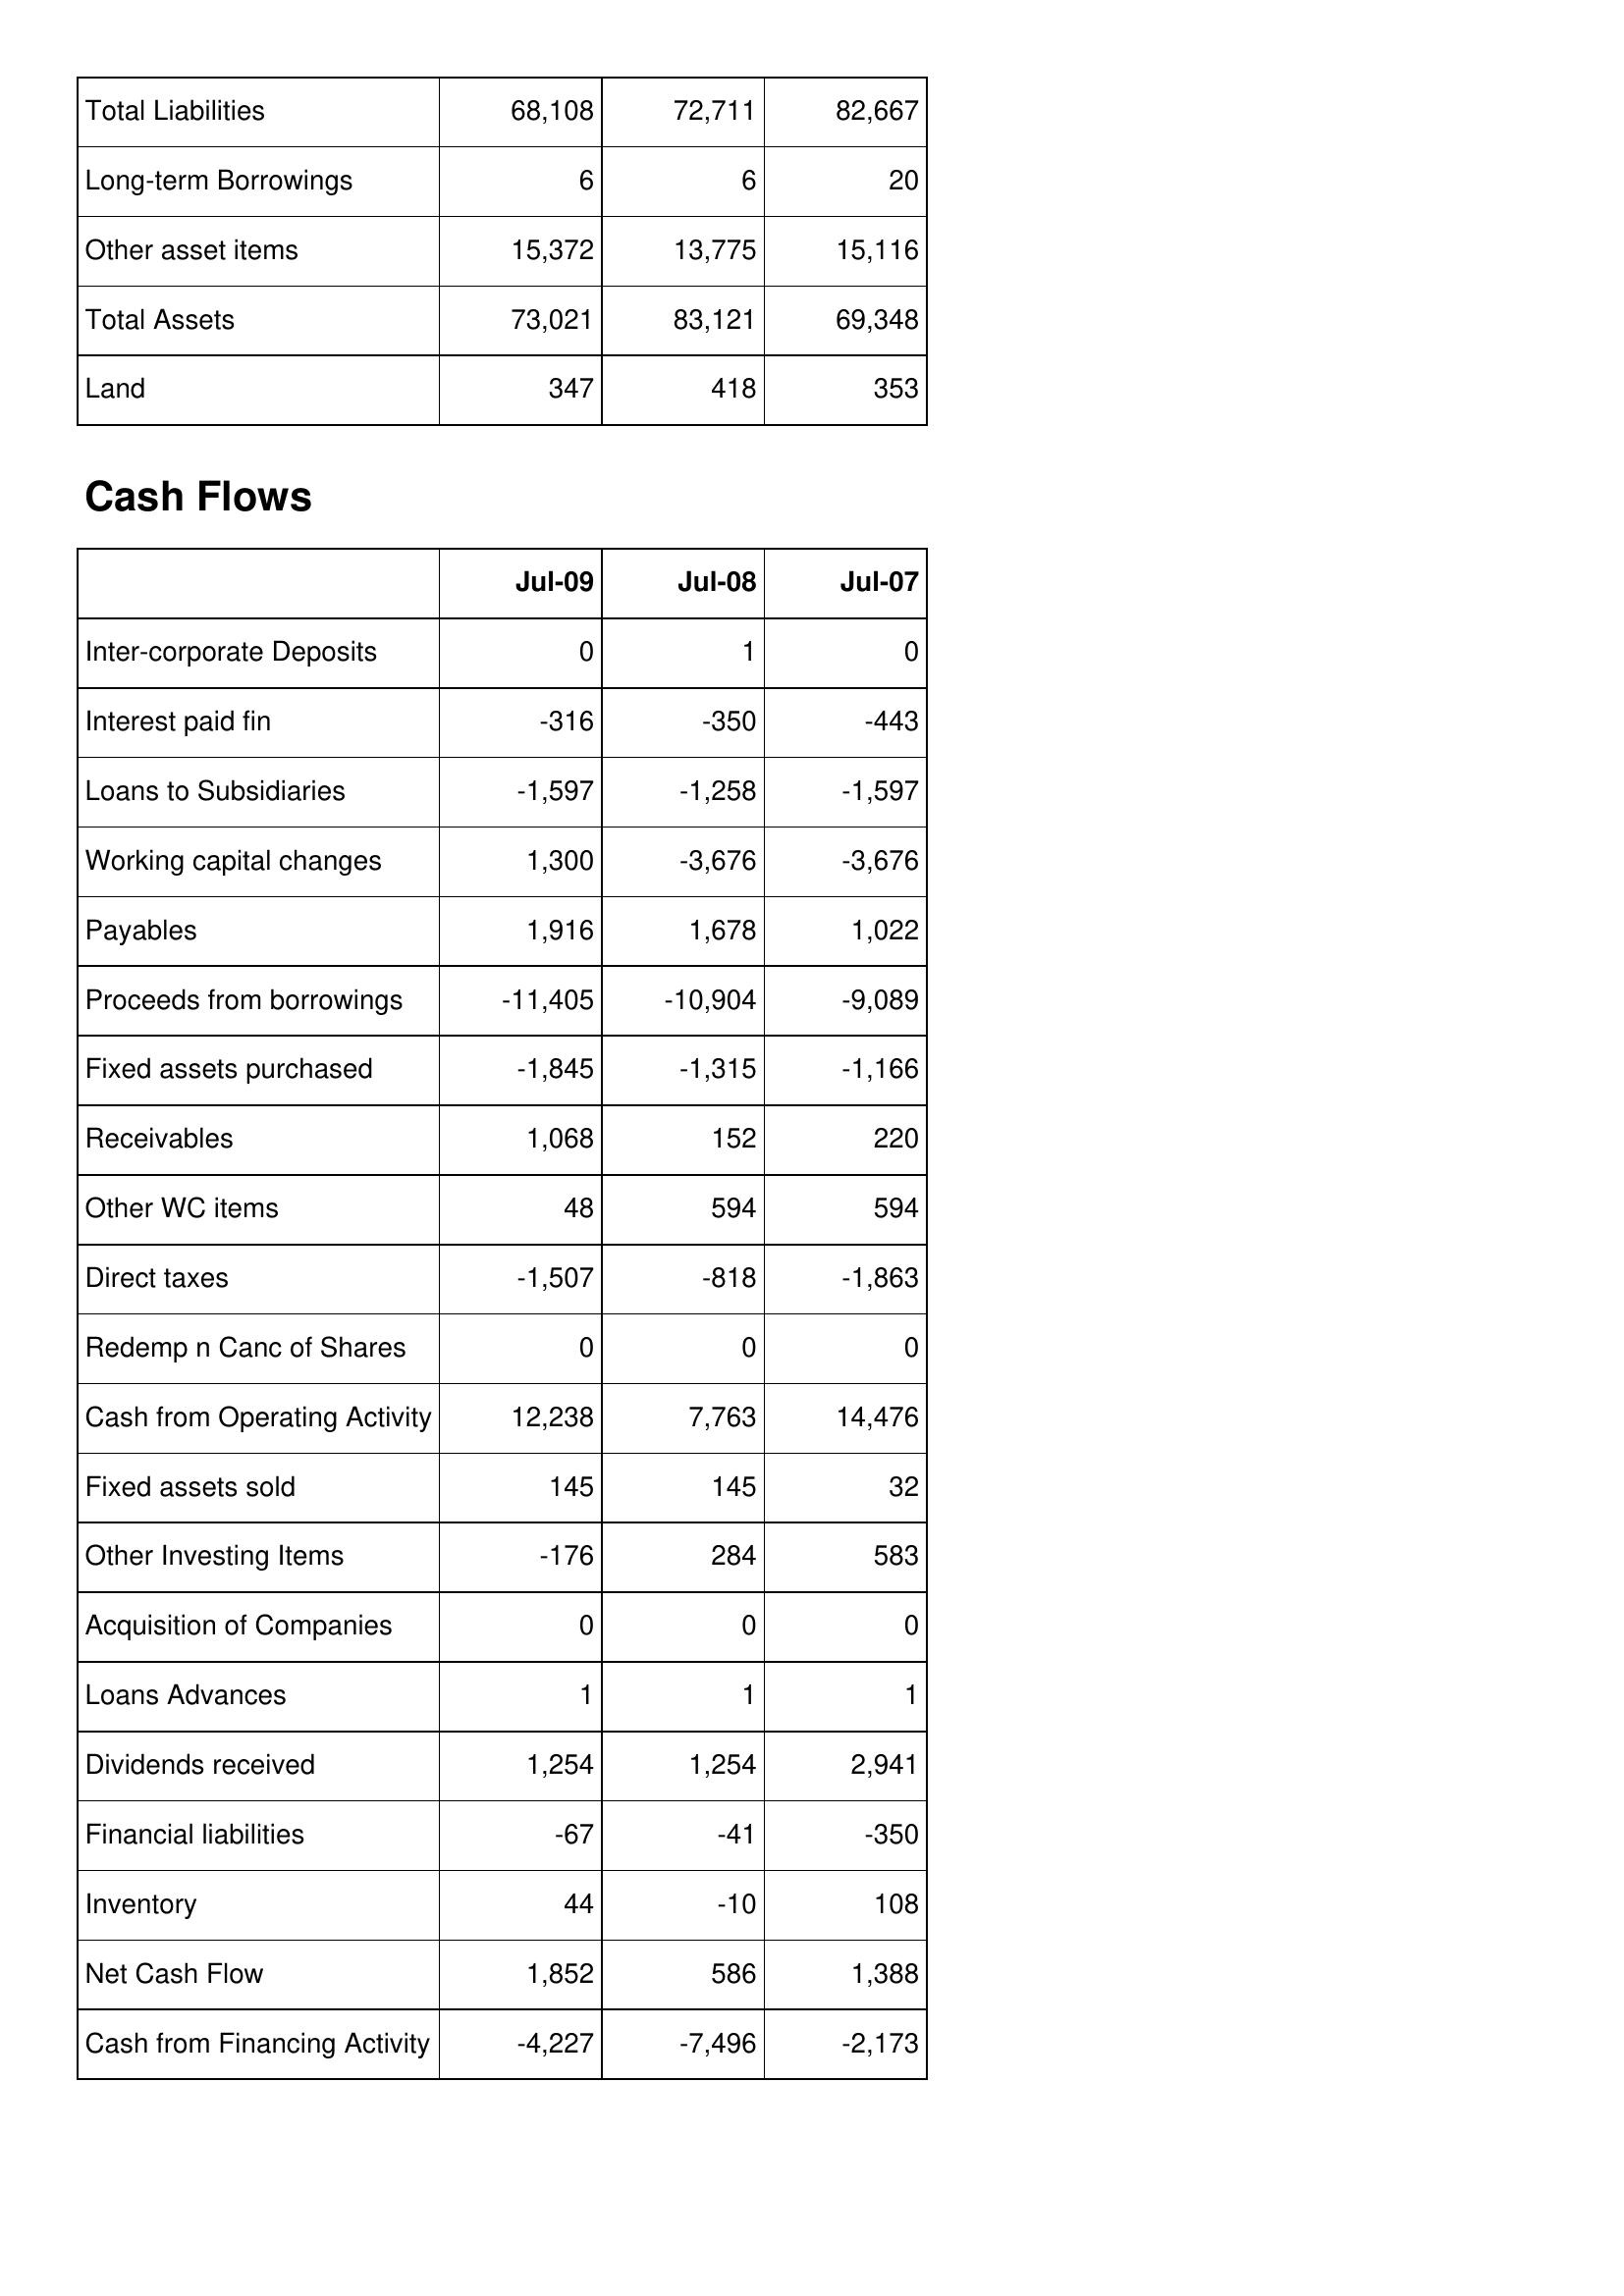
Jul-09: Balance Sheet: Total Liabilities: 68,108
Long-term Borrowings: 6
Other asset items: 15,372
Total Assets: 73,021
Land: 347
Cash Flows: Inter-corporate Deposits: 0
Interest paid fin: -316
Loans to Subsidiaries: -1,597
Working capital changes: 1,300
Payables: 1,916
Proceeds from borrowings: -11,405
Fixed assets purchased: -1,845
Receivables: 1,068
Other WC items: 48
Direct taxes: -1,507
Redemp n Canc of Shares: 0
Cash from Operating Activity: 12,238
Fixed assets sold: 145
Other Investing Items: -176
Acquisition of Companies: 0
Loans Advances: 1
Dividends received: 1,254
Financial liabilities: -67
Inventory: 44
Net Cash Flow: 1,852
Cash from Financing Activity: -4,227
Jul-08: Balance Sheet: Total Liabilities: 72,711
Long-term Borrowings: 6
Other asset items: 13,775
Total Assets: 83,121
Land: 418
Cash Flows: Inter-corporate Deposits: 1
Interest paid fin: -350
Loans to Subsidiaries: -1,258
Working capital changes: -3,676
Payables: 1,678
Proceeds from borrowings: -10,904
Fixed assets purchased: -1,315
Receivables: 152
Other WC items: 594
Direct taxes: -818
Redemp n Canc of Shares: 0
Cash from Operating Activity: 7,763
Fixed assets sold: 145
Other Investing Items: 284
Acquisition of Companies: 0
Loans Advances: 1
Dividends received: 1,254
Financial liabilities: -41
Inventory: -10
Net Cash Flow: 586
Cash from Financing Activity: -7,496
Jul-07: Balance Sheet: Total Liabilities: 82,667
Long-term Borrowings: 20
Other asset items: 15,116
Total Assets: 69,348
Land: 353
Cash Flows: Inter-corporate Deposits: 0
Interest paid fin: -443
Loans to Subsidiaries: -1,597
Working capital changes: -3,676
Payables: 1,022
Proceeds from borrowings: -9,089
Fixed assets purchased: -1,166
Receivables: 220
Other WC items: 594
Direct taxes: -1,863
Redemp n Canc of Shares: 0
Cash from Operating Activity: 14,476
Fixed assets sold: 32
Other Investing Items: 583
Acquisition of Companies: 0
Loans Advances: 1
Dividends received: 2,941
Financial liabilities: -350
Inventory: 108
Net Cash Flow: 1,388
Cash from Financing Activity: -2,173